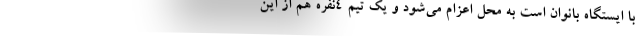
با ایستگاه بانوان است به محل اعزام می‌شود و یک تیم 4نفره هم از این